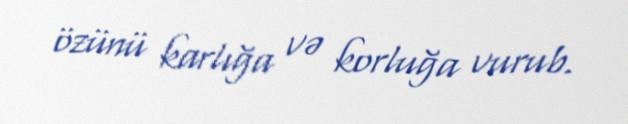
özünü karlığa və korluğa vurub.